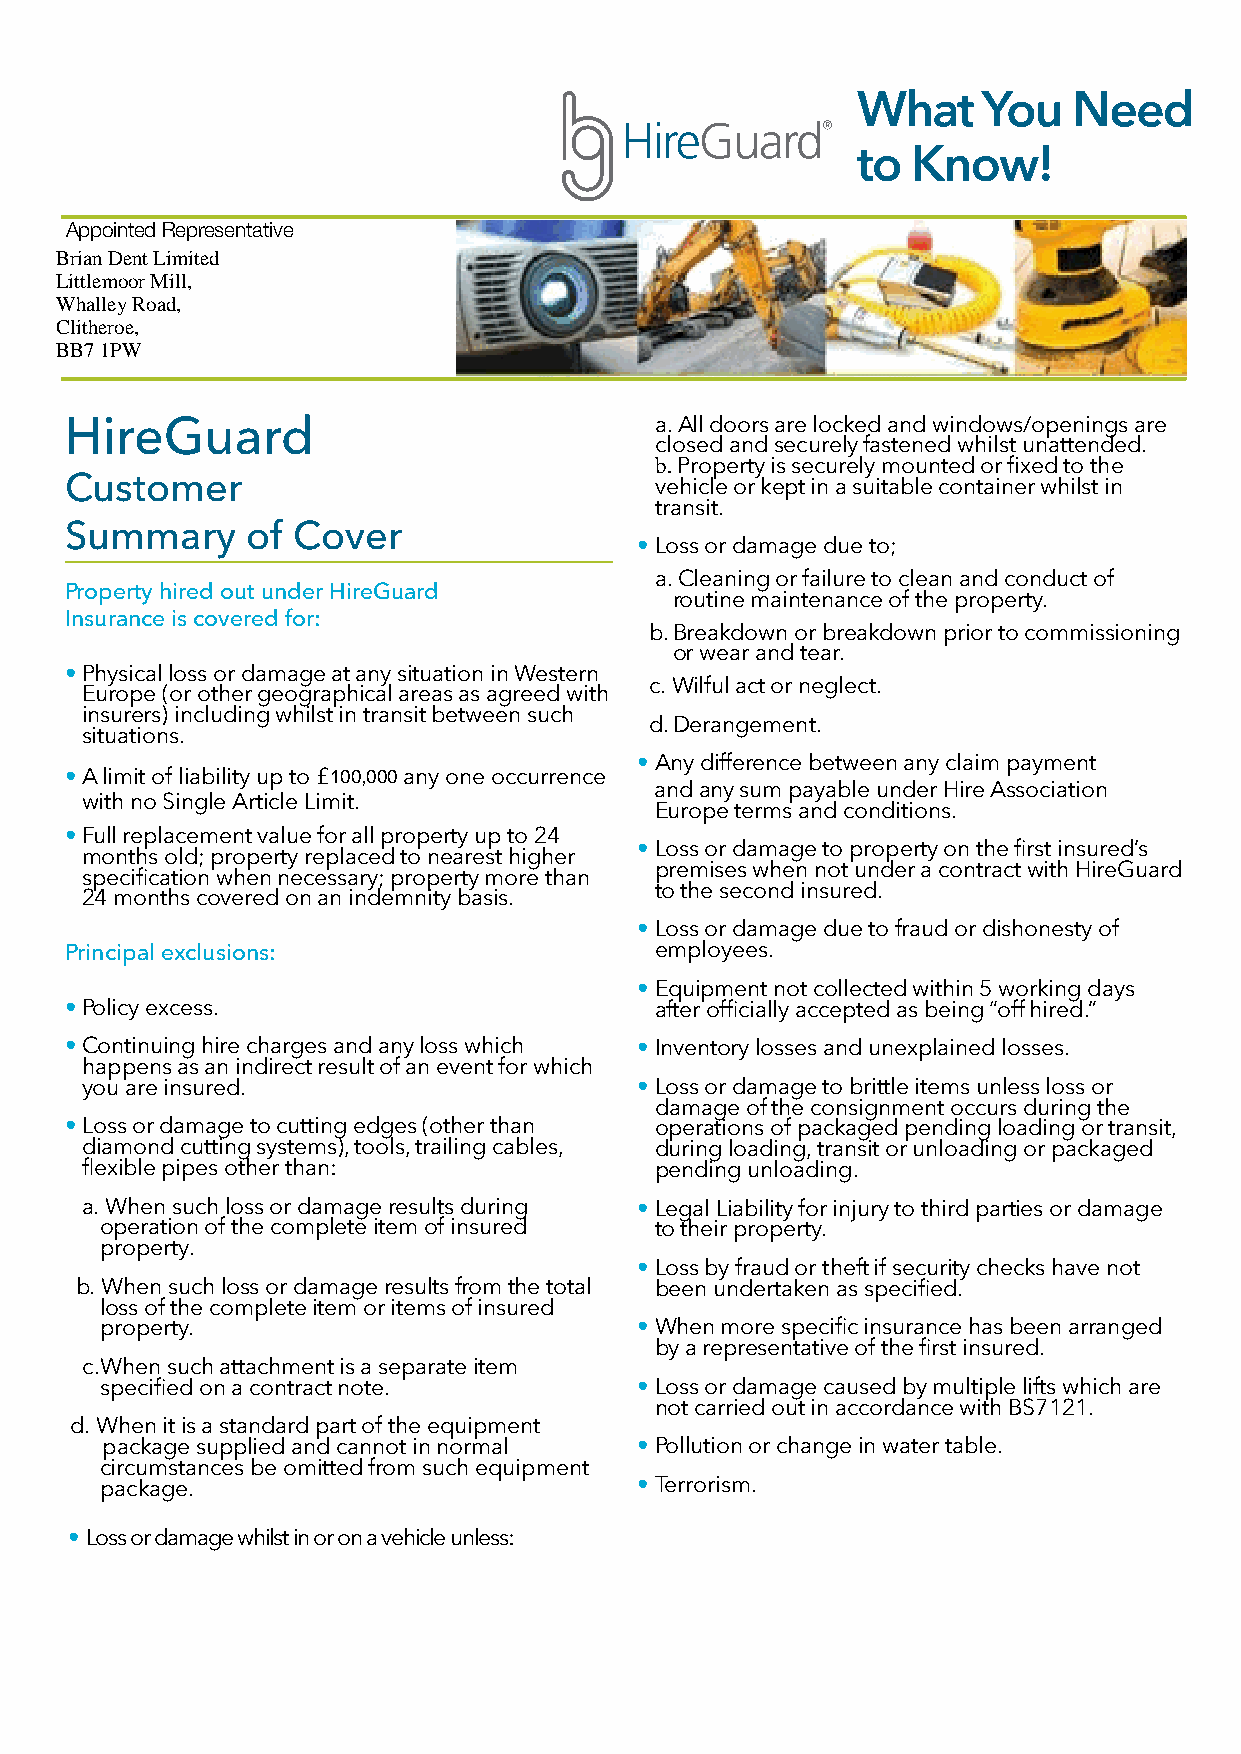
What    You   Need
 to Know!
 Appointed Representative
 Brian Dent Limited
 Littlemoor Mill,
 Whalley Road,
 Clitheroe,
 BB7 1PW
 HireGuard                              a.All doors are locked and windows/openings are
 closed and securely fastened whilst unattended.
 b.Property is securely mounted or fixed to the
 Customer                               vehicle or kept in a suitable container whilst in
 transit.
 Summary     of Cover
 • Loss or damage due to;
 a.Cleaning or failure to clean and conduct of
 Property hired out under HireGuard
 routine maintenance of the property.
 Insurance is covered for:
 b.Breakdown or breakdown prior to commissioning
 or wear and tear.
 • Physical loss or damage at any situation in Western
 c.Wilful act or neglect.
 Europe (or other geographical areas as agreed with
 insurers) including whilst in transit between such
 d.Derangement.
 situations.
 • Any difference between any claim payment
 • A limit of liability up to £ 1 0 0 ,0 0 0 any one occurrence
 and any sum payable under Hire Association
 with no Single Article Limit.
 Europe terms and conditions.
 • Full replacement value for all property up to 24
 • Loss or damage to property on the first insured’s
 months old; property replaced to nearest higher
 premises when not under a contract with HireGuard
 specification when necessary; property more than
 to the second insured.
 24 months covered on an indemnity basis.
 • Loss or damage due to fraud or dishonesty of
 Principal exclusions:                  employees.
 • Equipment not collected within 5 working days
 • Policy excess.                       after officially accepted as being “off hired.”
 • Continuing hire charges and any loss which • Inventory losses and unexplained losses.
 happens as an indirect result of an event for which
 you are insured.                     • Loss or damage to brittle items unless loss or
 damage of the consignment occurs during the
 • Loss or damage to cutting edges (other than operations of packaged pending loading or transit,
 diamond cutting systems), tools, trailing cables, during loading, transit or unloading or packaged
 flexible pipes other than:            pending unloading.
 a. When such loss or damage results during • Legal Liability for injury to third parties or damage
 operation of the complete item of insured to their property.
 property.
 • Loss by fraud or theft if security checks have not
 b. When such loss or damage results from the total been undertaken as specified.
 loss of the complete item or items of insured
 property.                          • When more specific insurance has been arranged
 by a representative of the first insured.
 c. When such attachment is a separate item
 specified on a contract note.      • Loss or damage caused by multiple lifts which are
 not carried out in accordance with BS7121.
 d. When it is a standard part of the equipment
 package supplied and cannot in normal • Pollution or change in water table.
 circumstances be omitted from such equipment
 package.                           • Terrorism.
 • Loss or damage whilst in or on a vehicle unless: